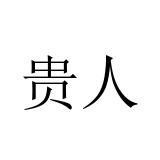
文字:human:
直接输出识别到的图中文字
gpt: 贵人